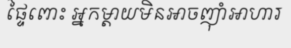
ផ្ទៃពោះ អ្នកម្តាយមិនអាចញ៉ាំអាហារ